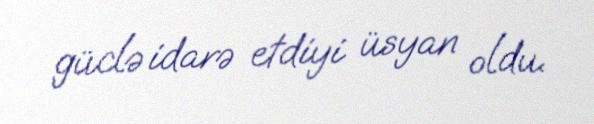
güclə idarə etdiyi üsyan oldu.